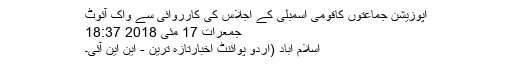
اپوزیشن جماعتوں کاقومی اسمبلی کے اجلاس کی کارروائی سے واک آئوٹ
جمعرات 17 مئی 2018 18:37
اسلام آباد (اُردو پوائنٹ اخبارتازہ ترین - این این آئی۔